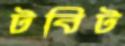
টবিট